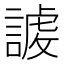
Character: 𧪤